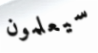
سيعلمون